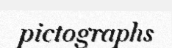
pictographs